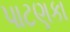
પાટણકા